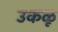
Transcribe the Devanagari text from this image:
उकळू